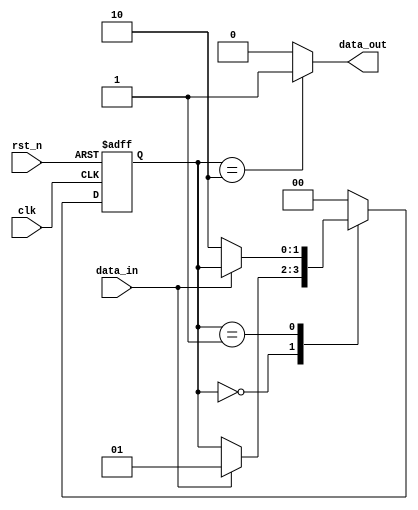
module pulse_detect(
    input wire clk,
    input wire rst_n,
    input wire data_in,
    output reg data_out
);

    // Define states for the FSM
    parameter IDLE = 2'b00,
              DETECT_RISE = 2'b01,
              DETECT_FALL = 2'b10;

    // State register
    reg [1:0] state;
    reg [1:0] next_state;

    // Sequential block for state transition
    always @(posedge clk or negedge rst_n) begin
        if (!rst_n) begin
            state <= IDLE;
        end else begin
            state <= next_state;
        end
    end

    // Combinational block for next state logic and output assignment
    always @(*) begin
        // Default assignments
        next_state = state;
        data_out = 1'b0;

        case (state)
            IDLE: begin
                // If a rising edge is detected, move to DETECT_RISE state
                if (data_in == 1'b1) begin
                    next_state = DETECT_RISE;
                end
            end
            DETECT_RISE: begin
                // If data_in is 0 after being 1, we have detected a falling edge
                if (data_in == 1'b0) begin
                    next_state = DETECT_FALL;
                end
            end
            DETECT_FALL: begin
                // Detected a pulse, so output should be high
                data_out = 1'b1;
                // Look for the next pulse
                next_state = IDLE;
            end
            default: begin
                // In case of an undefined state, go back to IDLE
                next_state = IDLE;
            end
        endcase
    end

endmodule